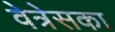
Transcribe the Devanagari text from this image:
वेत्रेसका